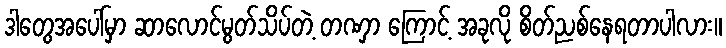
ဒါတွေအပေါ်မှာ ဆာလောင်မွတ်သိပ်တဲ့ တဏှာ ကြောင့် အခုလို စိတ်ညစ်နေရတာပါလား။